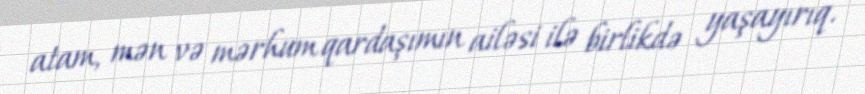
atam, mən və mərhum qardaşımın ailəsi ilə birlikdə yaşayırıq.